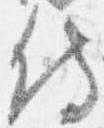
侍